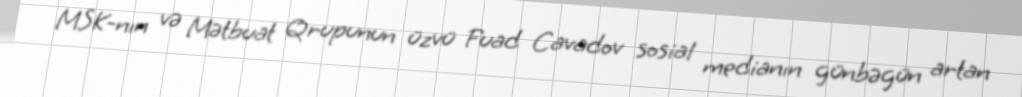
MSK-nın və Mətbuat Qrupunun üzvü Fuad Cavadov sosial medianın günbəgün artan